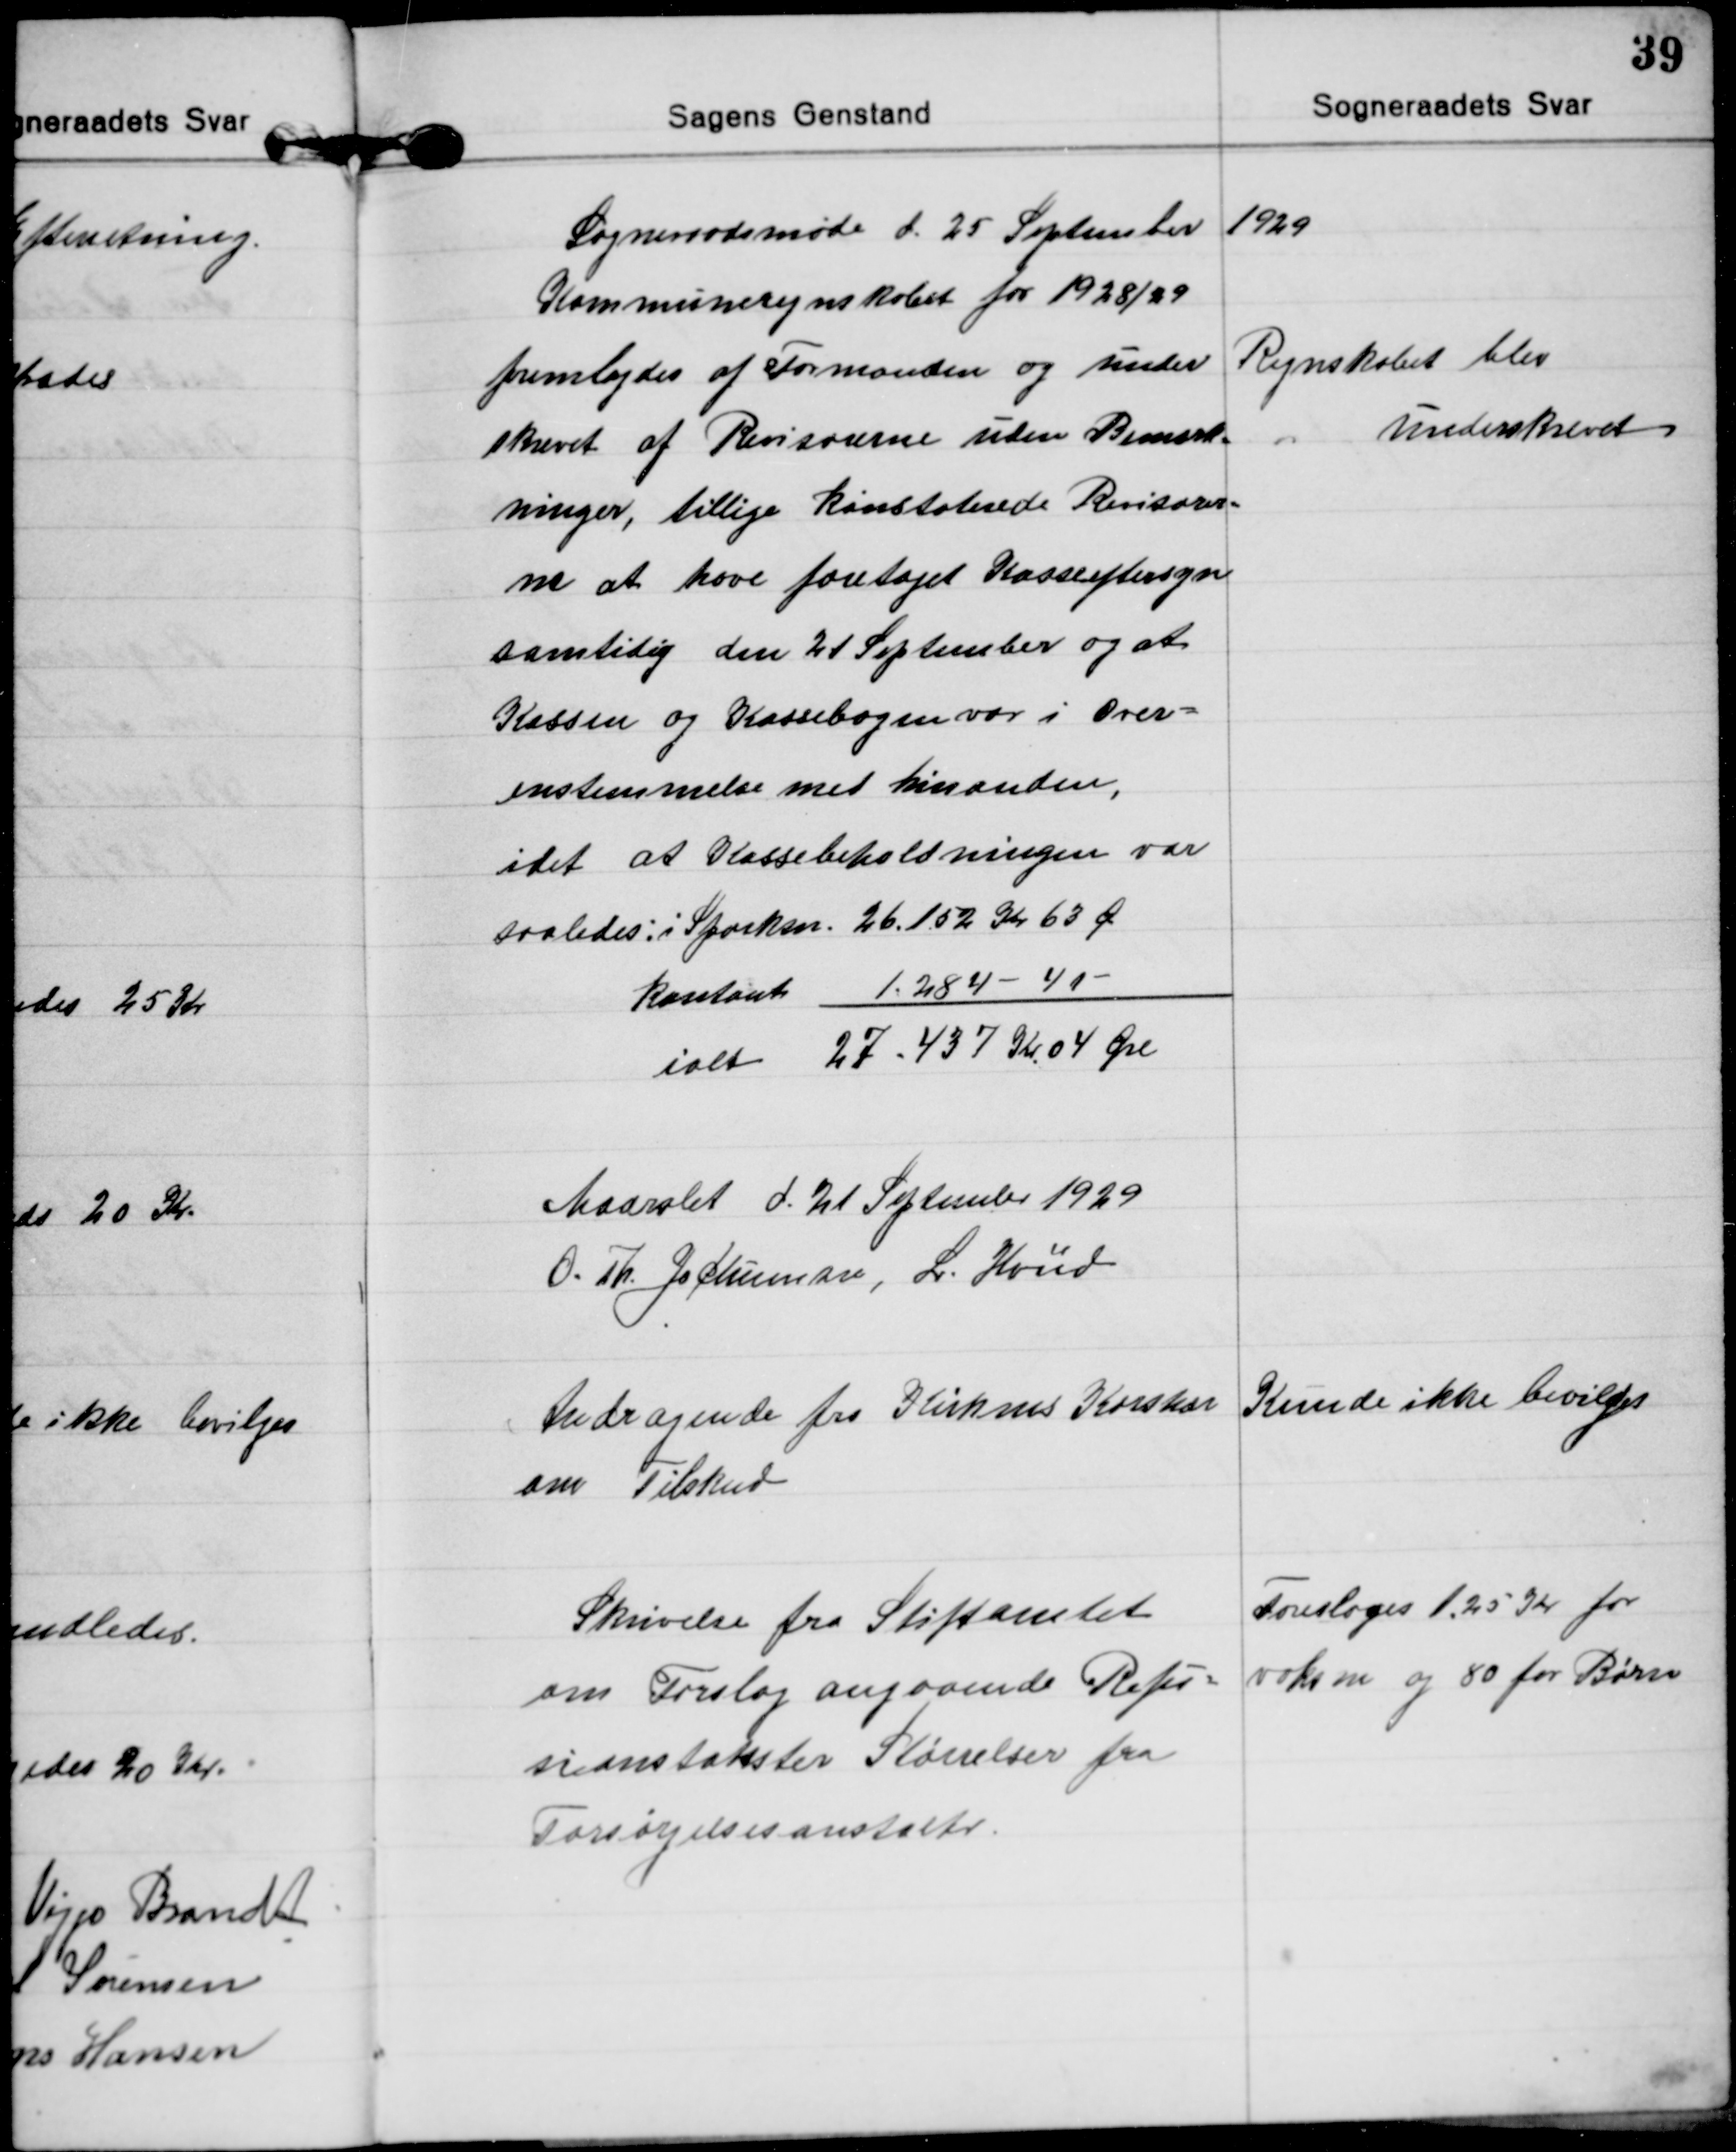
Transskription:
Sogneraadsmøde d. 25 September 1929

Kommuneregnskabet for 1928/29
fremlagdes af Formanden og under
skrevet af Revisorerne uden Bemærk=
ninger, tillige konstaterede Revisorer=
ne at have foretaget Kasseeftersyn
samtidig den 21 September og at
Kassen og Kassebogen var i Over=
enstemmelse med hinanden,
idet at Kassebeholdningen var
saaledes: i Sparksn. 26.152 Kr 63 Ø
Kontant 1.284 - 41 
ialt 27.437 Kr 04 Øre
Regnskabet blev
underskrevet

Maarslet d. 21 September 1929
O. Th. Jochumsen, L. Hviid

Andragende fra Kirkens Korshær
om Tilskud
Kunde ikke bevilges

Skrivelse fra Stiftamtet
om Forslag angaaende Refu=
sionstakster Størrelser fra
Forsørgelsesanstalter.
Foresloges 1,25 Kr for
voksne og 80 for Børn